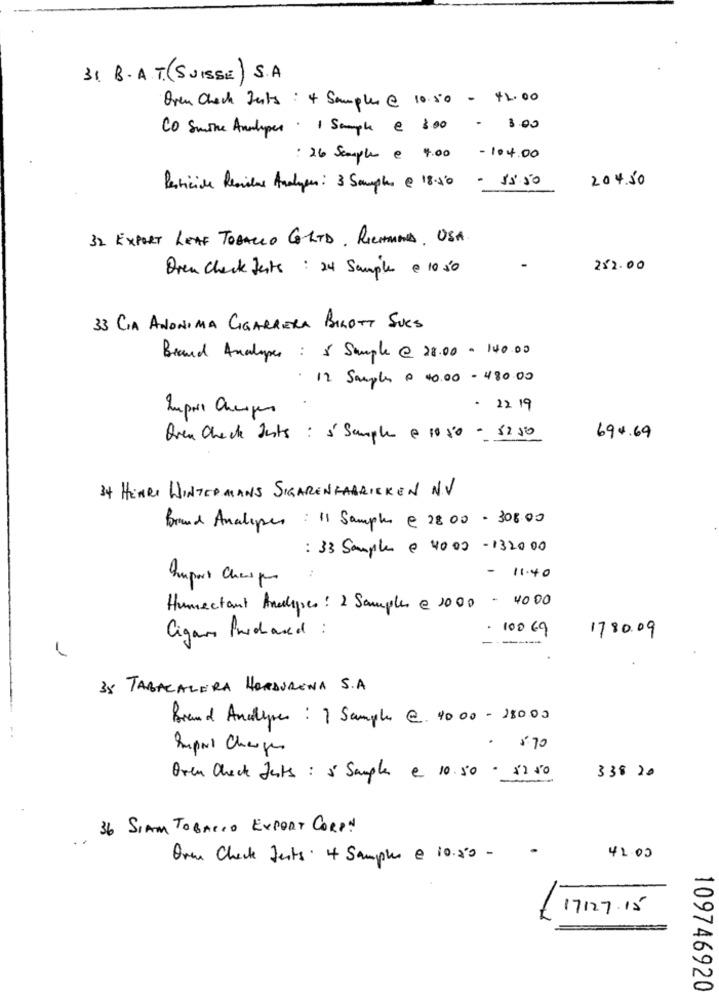
31. B. A.T.(SUISSE) S.A.
Oren Check Ints : 4 Samples @ 10.50 - 42.00
Co Smine Anahyper . 1 Sample @ 300
3.00
: 26 Sample € 4.00 - 104.00
- 15 50
204.50
Pesticide Residue Analyen: 3 Samples @ 18.50
32. EXPORT LEAF TOBACCO COLTD. RICHIAMA, USA.
Dren Check tests : 24 Samples @ 10 50
252.00
33 CIA ANONIMA CIGARRERA BIROTT SUCS
Brand Analopes : 5 Sample @ 28.00- 140.00
. 12 Samples € 40.00 -480.00
Import Charges
· 22.19
Aven Check Jests : 5' Sample @ 1050 - 5250
694.69
34 HENRI WINTERMANS SIGARENFABRIEKEN N.V
Brand Analopes : 11 Sample @ 2800 - 308.00
: 33 Sample @ 4002 -132000
- 11.40
Humectant Analises : 2 Samples @ 1000 - 4000
Cigar Purchased :
. 100 69
1780.09
35 TABACALERA HORDURENA S.A.
Brand Analypes : 1 Sample @ 4000 - 28000
Import Charges
. $70
Oven Check Jests : 5 Sample e 10.50 - $250
338 20
36 SIAM TOBACCO EXPORT CORP.
Over Check Jests. 4 Samples @ 10.50 -
-
42.00
17127 . 15
109746920